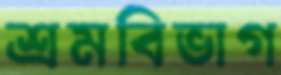
শ্রমবিভাগ